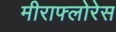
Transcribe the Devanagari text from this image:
मीराफ्लोरेस